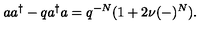
a a ^ { \dagger } - q a ^ { \dagger } a = q ^ { - N } ( 1 + 2 \nu ( - ) ^ { N } ) .